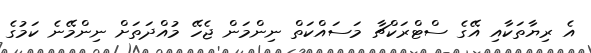
އެ ރިޔާތަކާއި އޭގެ ސްޓްރަކްޗާ މަސައްކަތް ނިންމަން ޖެހޭ މުއްދަތަށް ނިންމޭނެ ކަމުގެ